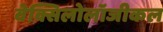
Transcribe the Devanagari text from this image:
वेक्सिलोलॉजीकल